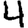
Digit: 4